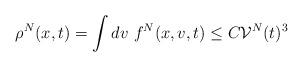
LaTeX: \begin{align*}\rho^N(x,t)=\int dv\ f^N(x,v,t)\leq C {\mathcal{V}}^N(t)^{3}\end{align*}